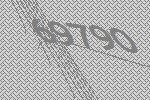
69790